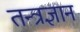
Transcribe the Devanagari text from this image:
तन्त्रज्ञान